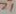
Text: Z1